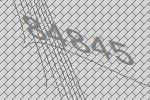
84845